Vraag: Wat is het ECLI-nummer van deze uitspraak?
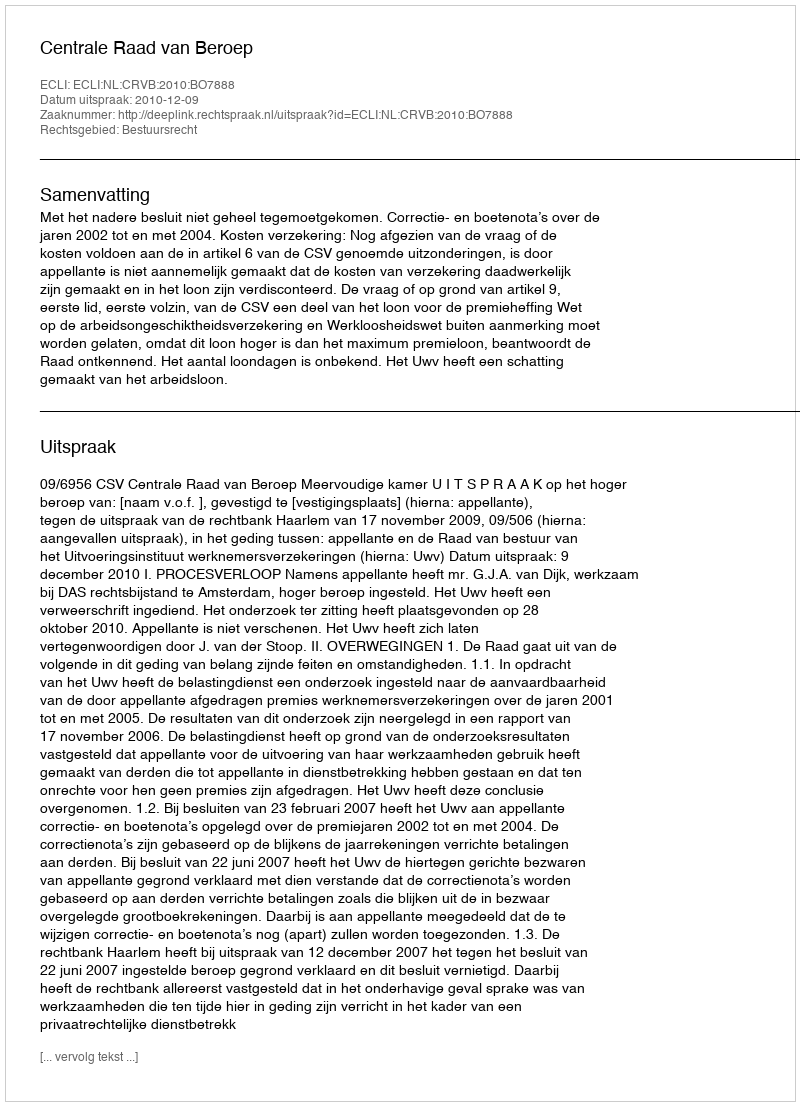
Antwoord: ECLI:NL:CRVB:2010:BO7888